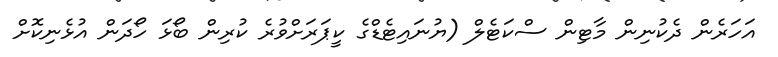
އަހަރެން ދެކުނިން މާޓިން ސްކަޓެލް (ޔުނައިޓެޑްގެ ކީޕަރަށްވުރެ ކުރިން ބޯޅަ ހޯދަން އުޅެނިކޮށް